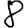
Digit: 8